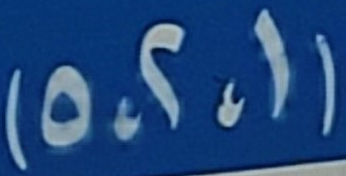
(1،2،5)